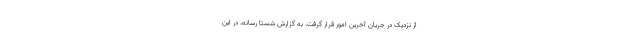
از نزدیک در جریان آخرین امور قرار گرفت. به گزارش شستا رسانه، در این